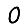
Digit: 0